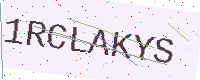
Text: 1RCLAKYS